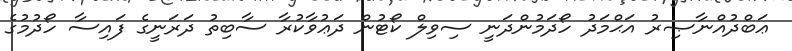
ޢަބްދުއްނާޞިރު އަޙްމަދު ހޯދަމުންދަނީ ސިވިލް ކޯޓުން ދަޢުވާކުރާ ސާބިތު ދަރަނީގެ ފައިސާ ހޯދުމުގެ